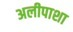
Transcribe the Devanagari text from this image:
अलीपाशा